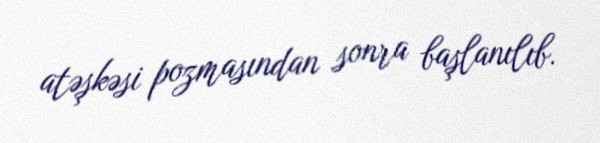
atəşkəsi pozmasından sonra başlanılıb.